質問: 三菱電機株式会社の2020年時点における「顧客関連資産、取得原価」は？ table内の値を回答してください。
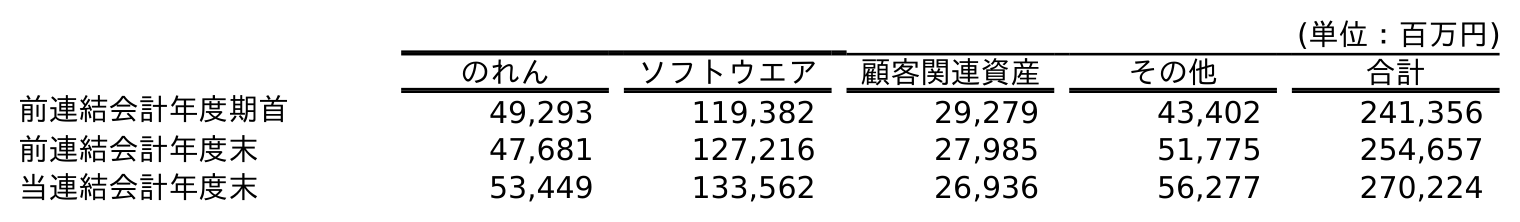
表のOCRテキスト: (単位：百万円) のれん ソフトウエア 顧客関連資産 その他 合計 前連結会計年度期首 49,293 119,382 29,279 43,402 241,356 前連結会計年度末 47,681 127,216 27,985 51,775 254,657 当連結会計年度末 53,449 133,562 26,936 56,277 270,224
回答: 26,936